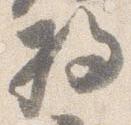
将